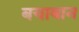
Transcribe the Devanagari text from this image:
बयाबान